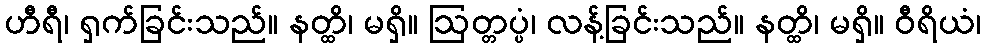
ဟီရီ၊ ရှက်ခြင်းသည်။ နတ္ထိ၊ မရှိ။ ဩတ္တပ္ပံ၊ လန့်ခြင်းသည်။ နတ္ထိ၊ မရှိ။ ဝီရိယံ၊